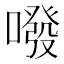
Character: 㗶